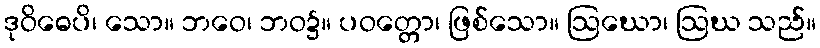
ဒုဝိဓေပိ၊ သော။ ဘဝေ၊ ဘဝ၌။ ပဝတ္တော၊ ဖြစ်သော။ ဩဃော၊ ဩဃ သည်။